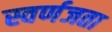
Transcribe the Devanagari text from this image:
स्वर्णजता